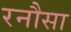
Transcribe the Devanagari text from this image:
रनौसा